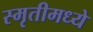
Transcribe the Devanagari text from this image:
स्मृतीमध्ये